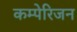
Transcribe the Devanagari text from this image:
कम्पेरिजन